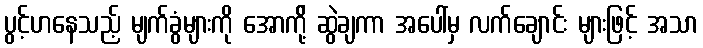
ပွင့်ဟနေသည့် မျက်ခွံများကို အောက်ို့ ဆွဲချကာ အပေါ်မှ လက်ချောင်း များဖြင့် အသာ